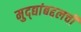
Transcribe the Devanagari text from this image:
मुद्द्यांबद्दलची